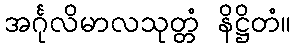
အင်္ဂုလိမာလသုတ္တံ နိဋ္ဌိတံ။